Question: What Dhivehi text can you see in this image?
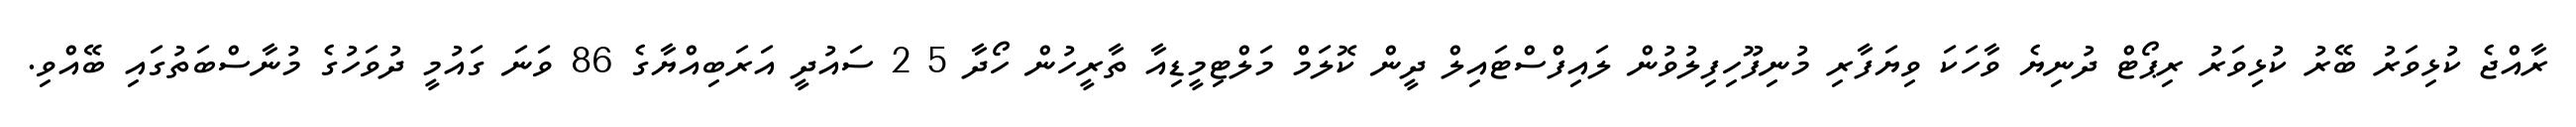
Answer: ރާއްޖެ ކުޅިވަރު ބޭރު ކުޅިވަރު ރިޕޯޓް ދުނިޔެ ވާހަކަ ވިޔަފާރި މުނިފޫހިފިލުވުން ލައިފްސްޓައިލް ދީން ކޮލަމް މަލްޓިމީޑިއާ ތާރީހުން ހޯދާ 5 2 ސައުދީ އަރަބިއްޔާގެ 86 ވަނަ ގައުމީ ދުވަހުގެ މުނާސްބަތުގައި ބޭއްވި.